Selter,_Karl, lk 30
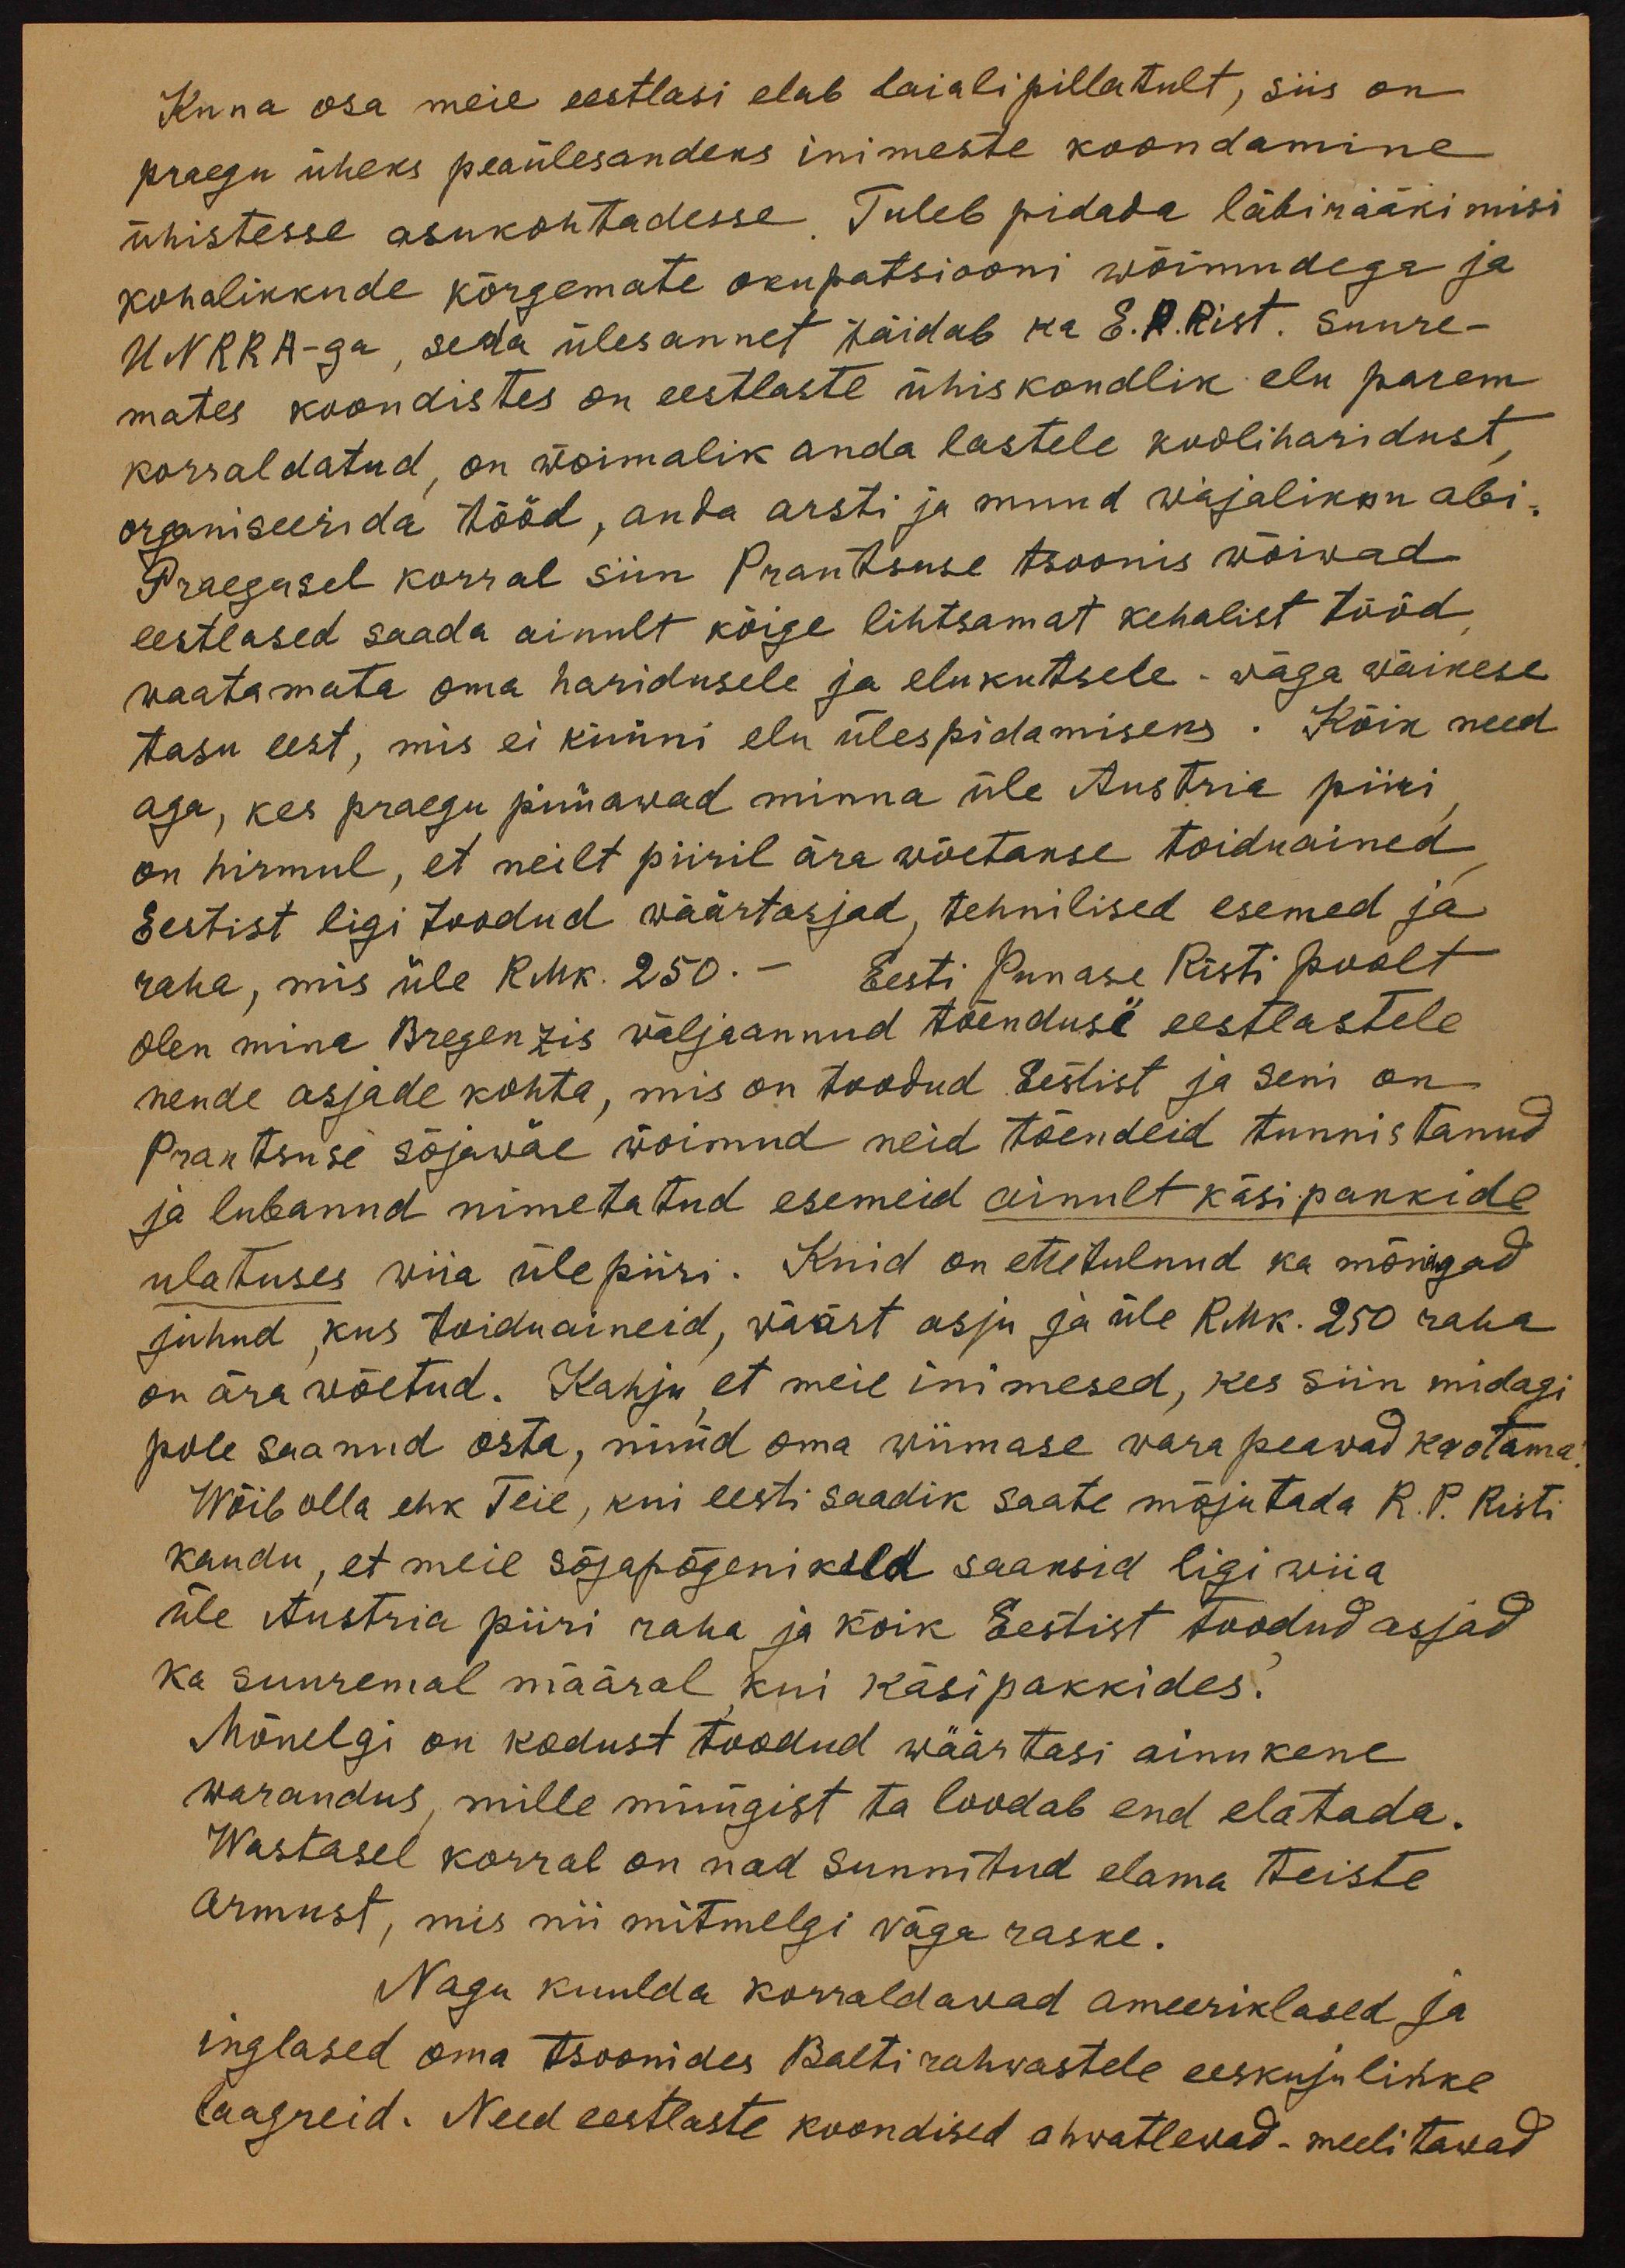
Kuna osa meie eestlasi elab laialipillatult, siis on
praegu üheks peaülesandeks inimeste koondamine
ühistesse asukohtadesse. Tuleb pidada läbirääkimisi
kohalikkude kõrgemate okupatsiooni wõimudega ja
UNRRA-ga, seda ülesannet täidab ka E. P. Rist. Suure-
mates koondistes on eestlaste ühiskondlik elu parem
korraldatud, on wõimalik anda lastele kooliharidust,
organiseerida tööd, anda arsti ja muud wajalikku abi.
Praegusel korral siin Prantsuse tsoonis wõiwad
eestlased saada ainult kõige lihtsamat kehalist tööd,
waatamata oma haridusele ja elukutsele - wäga wäikese
tasu eest, mis ei küüni elu ülespidamiseks. Kõik need
aga, kes praegu püüawad minna üle Austria piiri
on hirmul, et neilt piiril ära wõetakse toiduained
Eestist ligi toodud wäärtasjad, tehnilised esemed ja
raha, mis üle RMK. 250.- Eesti Punase Risti poolt
olen mina Bregenzis wäljaannud tõendusi eestlastele
nende asjade kohta, mis on toodud Eestist ja seni on
Prantsuse sõjawäe wõimud neid tõendeid tunnistanud
ja lubanud nimetatud esemeid ainult käsipakkide
ulatuses wiia ülepiiri. Kuid on ettetulnud ka mõningad
juhud, kus toiduaineid, wäärt asju ja üle RMK. 250 raha
on ära wõetud. Kahju, et meie inimesed, kes siin midagi
pole saanud osta, nüüd oma wiimase wara peawad kaotama.
Wõib olla ehk Teie, kui eesti saadik saate mõjutada R. P. Risti
kaudu, et meil sõjapõgenikud saaksid ligi wiia
üle Austria piiri raha ja kõik Eestist toodud asjad
ka suuremal määral kui käsipakkides?
Mõnelgi on kodust toodud wäärtasi ainukene
warandus, mille müügist ta loodab end elatada.
Wastasel korral on nad sunnitud elama teiste
armust, mis nii mitmelgi wäga raske.
Nagu kuulda korraldawad ameeriklased ja
inglased oma tsoonides Balti rahwastele eeskujulikke
laagreid. Need eestlaste koondised ahwatlewad-meelitawad